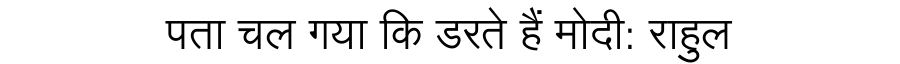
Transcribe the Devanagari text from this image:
पता चल गया कि डरते हैं मोदी: राहुल